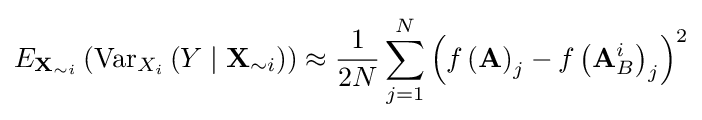
E_{\mathbf {X} _{\sim i}}\left(\operatorname {Var} _{X_{i}}\left(Y\mid \mathbf {X} _{\sim i}\right)\right)\approx {{\frac {1}{2N}}\sum _{j=1}^{N}\left(f\left(\mathbf {A} \right)_{j}-f\left(\mathbf {A} _{B}^{i}\right)_{j}\right)^{2}}